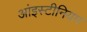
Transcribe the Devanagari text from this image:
आंइस्टीनियम